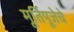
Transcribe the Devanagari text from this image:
मूर्तिपूजेचे